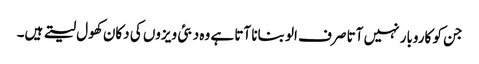
جن کو کاروبار نہیں آتا صرف الو بنانا آتا ہے وہ دبئی ویزوں کی دکان کھول لیتے ہیں۔